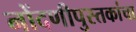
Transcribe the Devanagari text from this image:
नोंदणीपुस्तकांचा